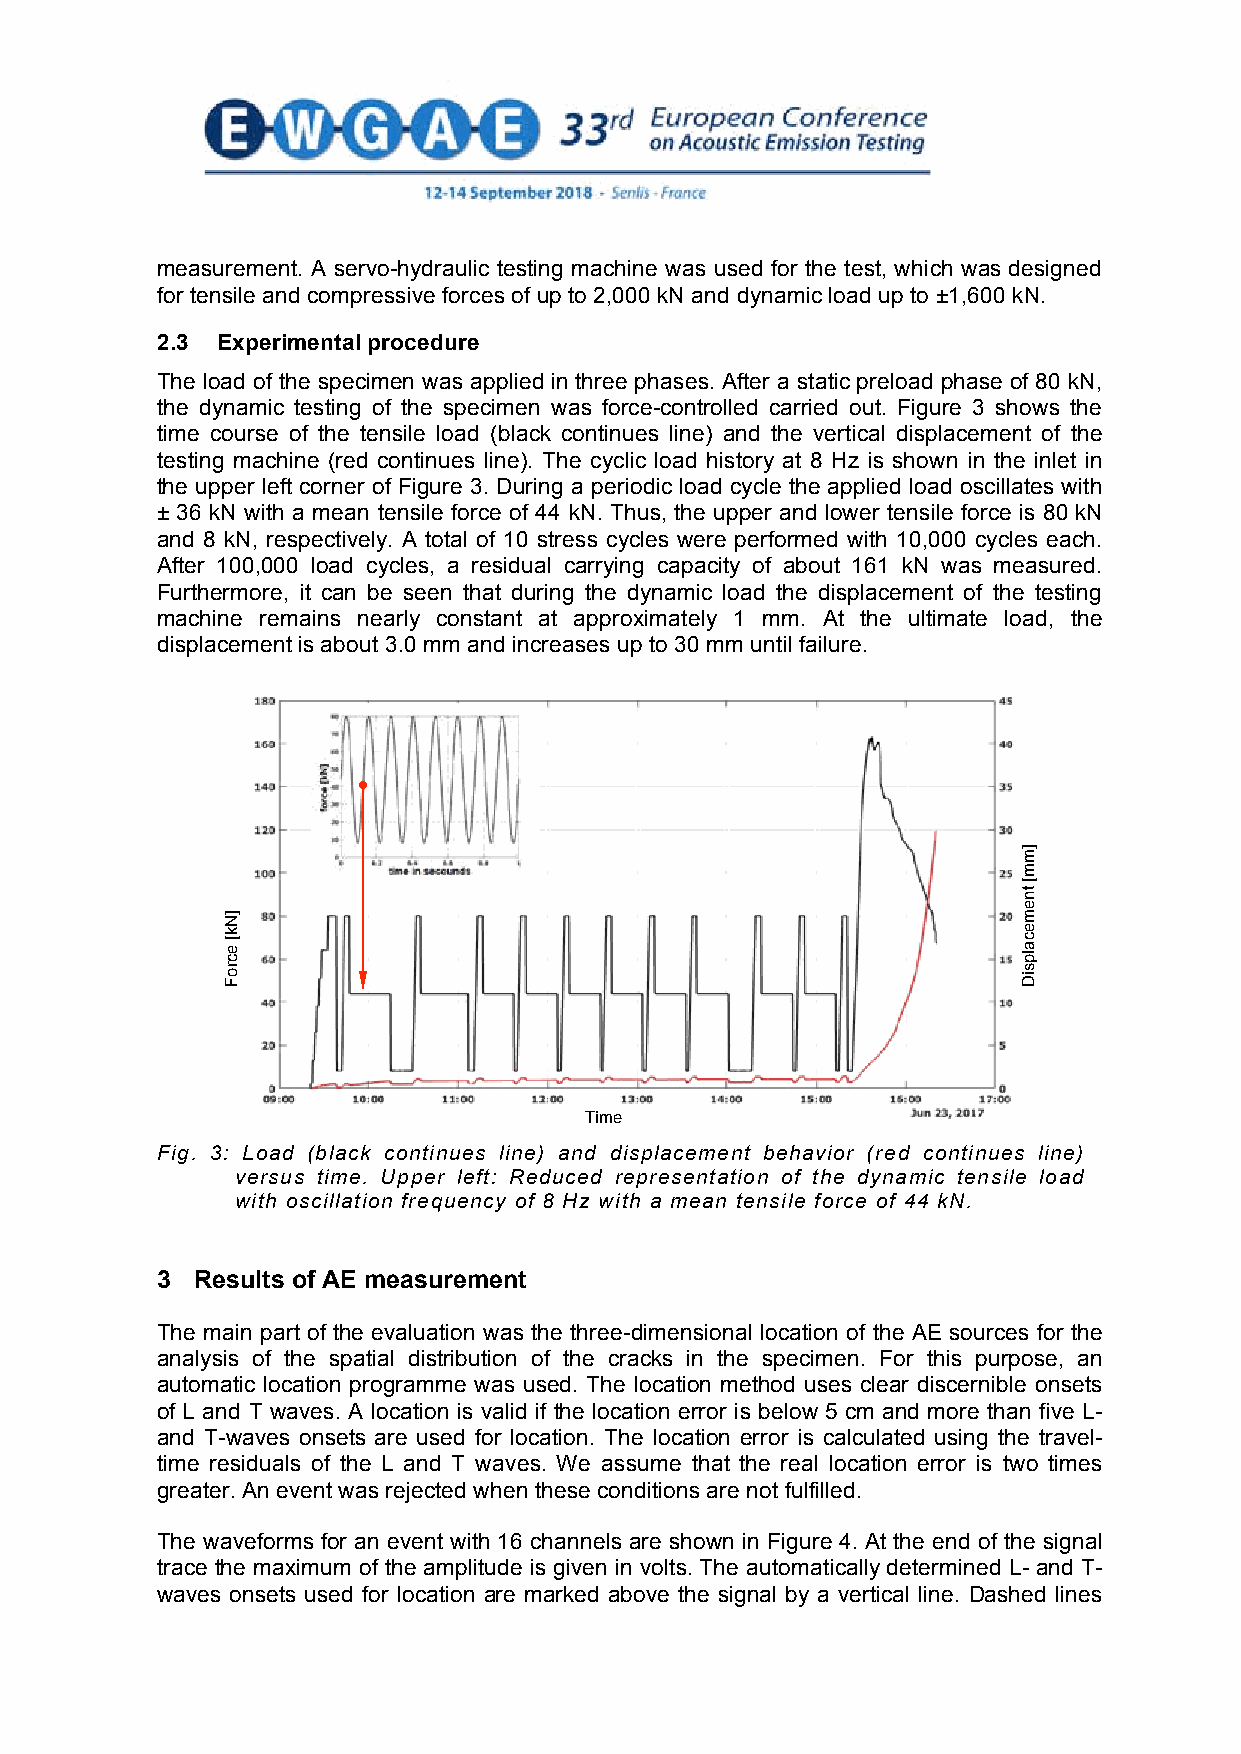
measurement. A servo-hydraulic testing machine was used for the test, which was designed
 for tensile and compressive forces of up to 2,000 kN and dynamic load up to ±1,600 kN.
 2.3 Experimental procedure
 The load of the specimen was applied in three phases. After a static preload phase of 80 kN,
 the dynamic testing of the specimen was force-controlled carried out. Figure 3 shows the
 time course of the tensile load (black continues line) and the vertical displacement of the
 testing machine (red continues line). The cyclic load history at 8 Hz is shown in the inlet in
 the upper left corner of Figure 3. During a periodic load cycle the applied load oscillates with
 ± 36 kN with a mean tensile force of 44 kN. Thus, the upper and lower tensile force is 80 kN
 and 8 kN, respectively. A total of 10 stress cycles were performed with 10,000 cycles each.
 After 100,000 load cycles, a residual carrying capacity of about 161 kN was measured.
 Furthermore, it can be seen that during the dynamic load the displacement of the testing
 machine remains nearly constant at approximately 1 mm. At the ultimate load, the
 displacement is about 3.0 mm and increases up to 30 mm until failure.
 Time
 Fig. 3: Load (black continues line) and displacement behavior (red continues line)
 versus time. Upper left: Reduced representation of the dynamic tensile load
 with oscillation frequency of 8 Hz with a mean tensile force of 44 kN.
 3  Results of AE measurement
 The main part of the evaluation was the three-dimensional location of the AE sources for the
 analysis of the spatial distribution of the cracks in the specimen. For this purpose, an
 automatic location programme was used. The location method uses clear discernible onsets
 of L and T waves. A location is valid if the location error is below 5 cm and more than five L-
 and T-waves onsets are used for location. The location error is calculated using the travel-
 time residuals of the L and T waves. We assume that the real location error is two times
 greater. An event was rejected when these conditions are not fulfilled.
 The waveforms for an event with 16 channels are shown in Figure 4. At the end of the signal
 trace the maximum of the amplitude is given in volts. The automatically determined L- and T-
 waves onsets used for location are marked above the signal by a vertical line. Dashed lines
 4
 ]Nk[
 ecroF
 ]mm[
 tnemecalpsiD